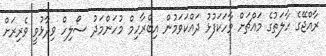
ރާއްޖޭގެ ހާލަތުގެ މައްޗަށް ވާހަކަފުޅު ދައްކަވަމުން އިބްރާހިމް މުހަންމަދު ސޯލިހް ވިދާޅުވީ ވެރިރަށް